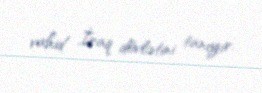
vahid İraq dövlətini tanıyır.